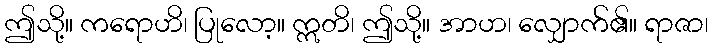
ဤသို့။ ကရောဟိ၊ ပြုလော့။ ဣတိ၊ ဤသို့။ အာဟ၊ လျှောက်၏။ ရာဇာ၊